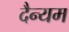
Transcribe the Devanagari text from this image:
दैन्यम